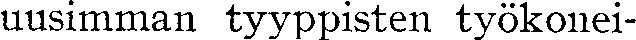
uusimman tyyppisten työkonei-